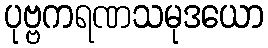
ပုဗ္ဗကရဏသမုဒယော